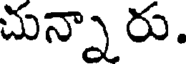
చున్నా రు.